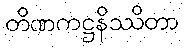
တိဏကဋ္ဌနိဿိတာ